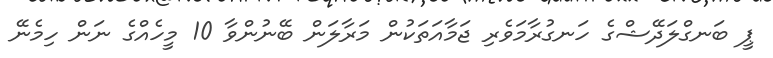
ޕީ ބަނގްލަދޭޝްގެ ހަނގުރާމަވެރި ޖަމާއަތަކުން މަރާލަން ބޭނުންވާ 10 މީހެއްގެ ނަން ހިމެނޭ